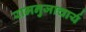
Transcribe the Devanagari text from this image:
रामनुजाचार्य